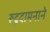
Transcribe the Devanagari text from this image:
रूद्रदामनाने